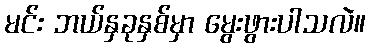
မင်း ဘယ်နှခုနှစ်မှာ မွေးဖွားပါသလဲ။